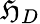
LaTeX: \mathfrak{H}_{D}